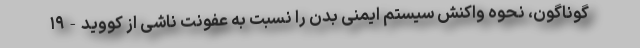
گوناگون، نحوه واکنش سیستم ایمنی بدن را نسبت به عفونت ناشی از کووید-۱۹